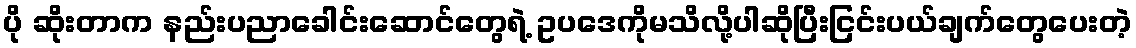
ပို ဆိုးတာက နည်းပညာခေါင်းဆောင်တွေရဲ့ ဥပဒေကိုမသိလို့ပါဆိုပြီးငြင်းပယ်ချက်တွေပေးတဲ့